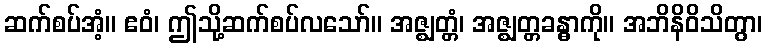
ဆက်စပ်အံ့။ ဧဝံ၊ ဤသို့ဆက်စပ်လသော်။ အဇ္ဈတ္တံ၊ အဇ္ဈတ္တခန္ဓာကို။ အဘိနိဝိသိတွာ၊